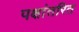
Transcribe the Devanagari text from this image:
पक्षांतरित